Scottish Education Department, 1927
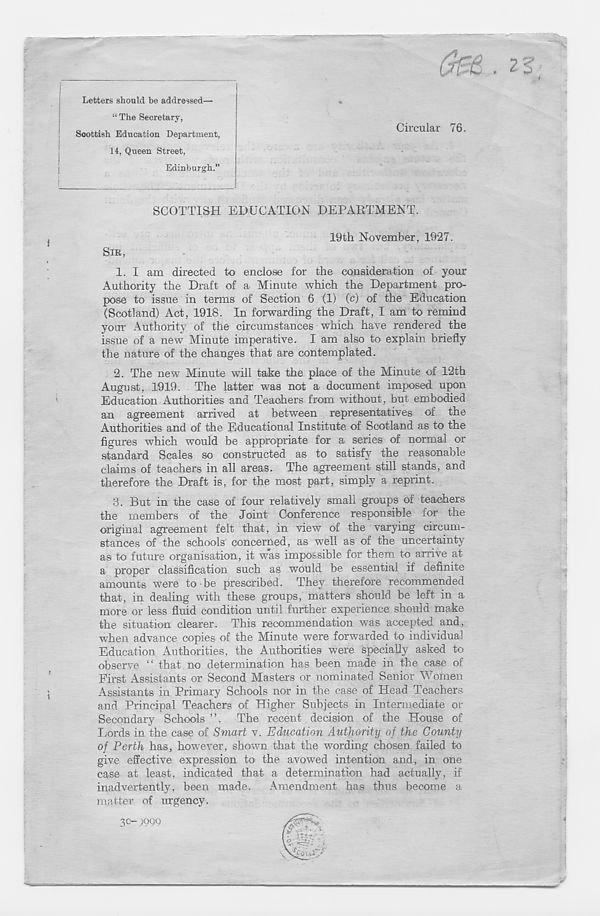
Letters should be addressed—
“ The Secretary,
Scottish Education Department,
14, Queen Street,
Edinburgh."
Circular 76.
SCOTTISH EDUCATION DEPARTMENT.
19th November, 1927.
SIR
1. I am directed to enclose for the consideration of your
Authority the Draft of a Minute which the Department pro-
pose to issue in terms of Section 6 (1) (c) of the Education
(Scotland) Act, 1918. In forwarding the Draft, I am to remind
your Authority of the circumstances which have rendered the
issue of a new Minute imperative. I am also to explain briefly
the nature of the changes that are contemplated.
2. The new Minute will take the place of the Minute of 12th
August, 1919. The latter was not a document imposed upon
Education Authorities and Teachers from without, but embodied
an agreement arrived at between representatives of the
Authorities and of the Educational Institute of Scotland as to the
figures which would be appropriate for a series of normal or
standard Scales so constructed as to satisfy the reasonable
claims of teachers in all areas. The agreement still stands, and
therefore the Draft is, for the most part, simply a reprint.
8. But in the case of four relatively small groups of teachers
the members of the Joint Conference responsible for the
original agreement felt that, in view of the varying circum-
stances of the schools concerned, as well as of the uncertainty
as to future organisation, it was impossible for them to arrive at
a proper classification such as would be essential if definite
amounts were to be prescribed. They therefore recommended
that, in dealing with these groups, matters should be left in a
more or less fluid condition until further experience should make
the situation clearer. This recommendation was accepted and,
when advance copies of the Minute were forwarded to individual
Education Authorities, the Authorities were specially asked to
observe “ that no determination has been made in the case of
First Assistants or Second Masters or nominated Senior Women
Assistants in Primary Schools nor in the case of Head Teachers
and Principal Teachers of Higher Subjects in Intermediate or
Secondary Schools ”. The recent decision of the House of
Lords in the case of Smart v. Education Authority of the County
of Perth has, however, shown that the wording chosen failed to
give effective expression to the avowed intention and, in one
case at least, indicated that a determination had actually, if
inadvertently, been made. Amendment has thus become a
matter of urgency.
3c- )99Q